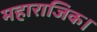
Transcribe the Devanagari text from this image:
महाराजिक।